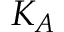
K _ { A }